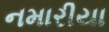
નમારીયા